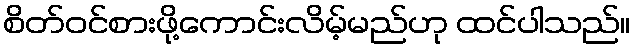
စိတ်ဝင်စားဖို့ကောင်းလိမ့်မည်ဟု ထင်ပါသည်။